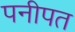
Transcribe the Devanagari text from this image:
पनीपत